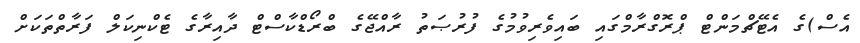
އެސް)ގެ އެޓޭޗްމަންޓް ޕްރޮގްރާމްގައި ބައިވެރިވުމުގެ ފުރުޞަތު ރާއްޖޭގެ ބްރޯޑްކާސްޓް ދާއިރާގެ ޓެކްނިކަލް ފަރާތްތަކަށް